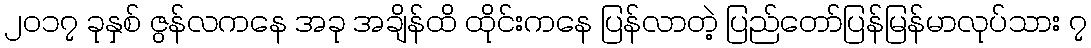
၂၀၁၇ ခုနှစ် ဇွန်လကနေ အခု အချိန်ထိ ထိုင်းကနေ ပြန်လာတဲ့ ပြည်တော်ပြန်မြန်မာလုပ်သား ၇